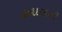
હવાસની